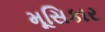
મૂસિકાર